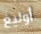
أوليغ